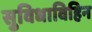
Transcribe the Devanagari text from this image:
सुविधाविहिन